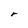
Character: r